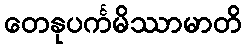
တေနုပင်္ကမိဿာမာတိ